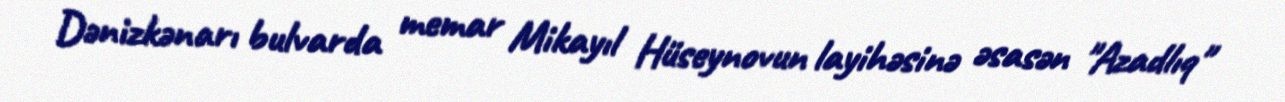
Dənizkənarı bulvarda memar Mikayıl Hüseynovun layihəsinə əsasən "Azadlıq"